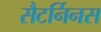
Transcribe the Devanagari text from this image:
सैटर्निनस